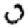
Digit: 0